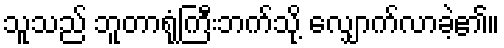
သူသည် ဘူတာရုံကြီးဘက်သို့ လျှောက်လာခဲ့၏။